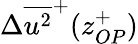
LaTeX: {\Delta}{\overline{{u^{2}}}^{+}}(z_{OP}^{+})